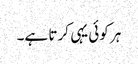
ہر کوئی یہی کرتا ہے۔